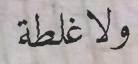
ولاغلطة